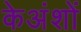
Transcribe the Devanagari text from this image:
केअंशों